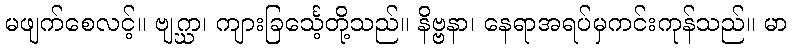
မဖျက်စေလင့်။ ဗျဂ္ဃာ၊ ကျားခြင်္သေ့တို့သည်။ နိဗ္ဗနာ၊ နေရာအရပ်မှကင်းကုန်သည်။ မာ